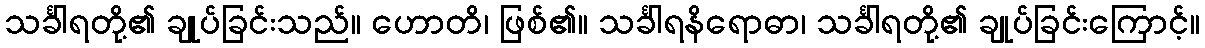
သင်္ခါရတို့၏ ချုပ်ခြင်းသည်။ ဟောတိ၊ ဖြစ်၏။ သင်္ခါရနိရောဓာ၊ သင်္ခါရတို့၏ ချုပ်ခြင်းကြောင့်။